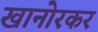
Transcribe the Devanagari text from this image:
खानोरकर